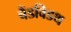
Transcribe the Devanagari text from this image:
बैंडविडथ